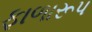
ફાળારૂપ